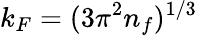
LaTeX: k_{F}=(3\pi^{2}n_{f})^{1/3}